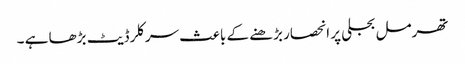
تھرمل بجلی پر انحصار بڑھنے کے باعث سرکلر ڈیٹ بڑھا ہے ۔